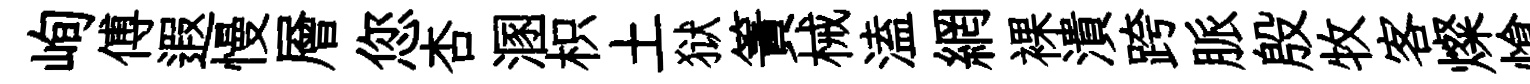
峋傅遐慢層您杏溷枳土狱簀械溘網裸潰跨脈殷牧客燦愴